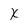
Character: X